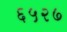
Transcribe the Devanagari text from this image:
६५२७